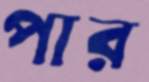
পার